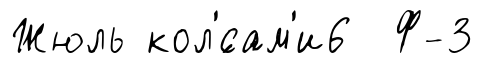
Жюль кол'́сам'и6 Ф-3